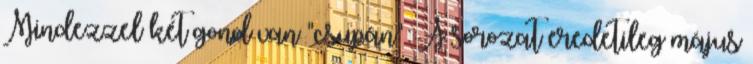
Mindezzel két gond van "csupán": A sorozat eredetileg május